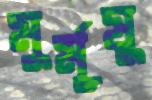
মুর্মূষু